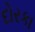
દોરકા